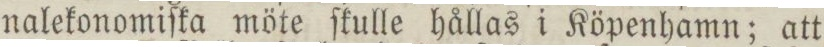
nalekonomiſka möte ſkulle hållas i Köpenhamn; att